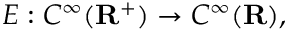
\displaystyle { E : C ^ { \infty } ( \mathbf { R } ^ { + } ) \rightarrow C ^ { \infty } ( \mathbf { R } ) , }